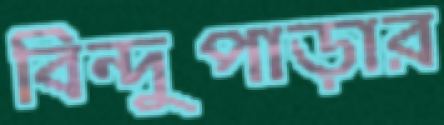
বিন্দুপাড়ার